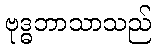
ဗုဒ္ဓဘာသာသည်